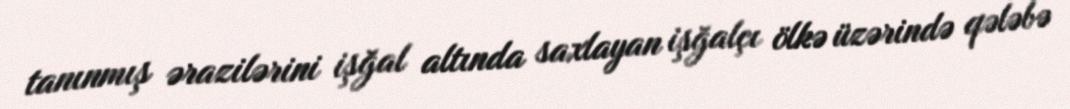
tanınmış ərazilərini işğal altında saxlayan işğalçı ölkə üzərində qələbə